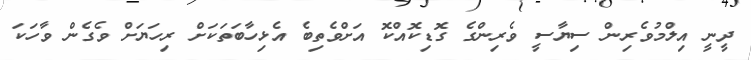
ދީނީ އިލްމުވެރިން ސިޔާސީ ވެރިންގެ ގޮޑިކޮއްކޮ އަށްވެތިބެ އެޅިހާބަތަކަށް ރިހަޔަށް ވެގެން ވާހަކަ